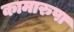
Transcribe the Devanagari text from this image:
कामारुपा